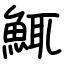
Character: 鮿